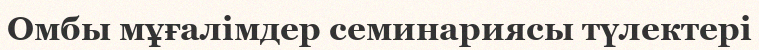
Омбы мұғалімдер семинариясы түлектері